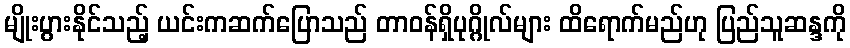
မျိုးပွားနိုင်သည့် ယင်းကဆက်ပြောသည် တာ၀န်ရှိပုဂ္ဂိုလ်များ ထိရောက်မည်ဟု ပြည်သူဆန္ဒကို